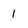
Character: 1